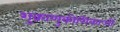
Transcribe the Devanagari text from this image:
शुक्राणुकोशिकाओं